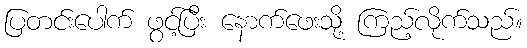
ပြတင်းပေါက် ဖွင့်ပြီး နောက်ဖေးသို့ ကြည့်လိုက်သည်။